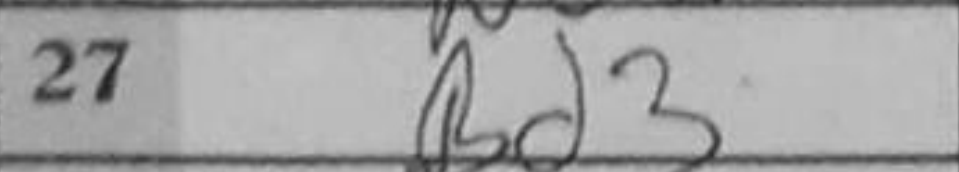
Transcription: Bd3